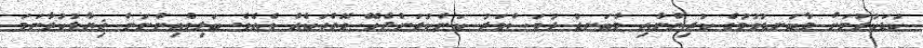
ކުޑަކުރުމަށް މާބަނޑުވުމުގެ ކުރިންނާއި މާބަނޑު ދުވަސްވަރު ކަންކުރަންޖެހޭ ގޮތްތަކެއް ވެއެވެ. ބަލިވެއިންނަން ޚިޔާލުކުރާނަމަ